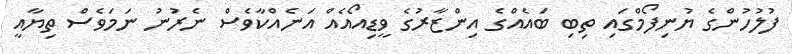
ފުލުހުންގެ ޔުނިފޯމްގައި ތިބި ބައެއްގެ އިންޒާރުގެ ވީޑިއޯއެއް އަނެއްކާވެސް ނެރުނު ނަމަވެސް ތިޔާއީ